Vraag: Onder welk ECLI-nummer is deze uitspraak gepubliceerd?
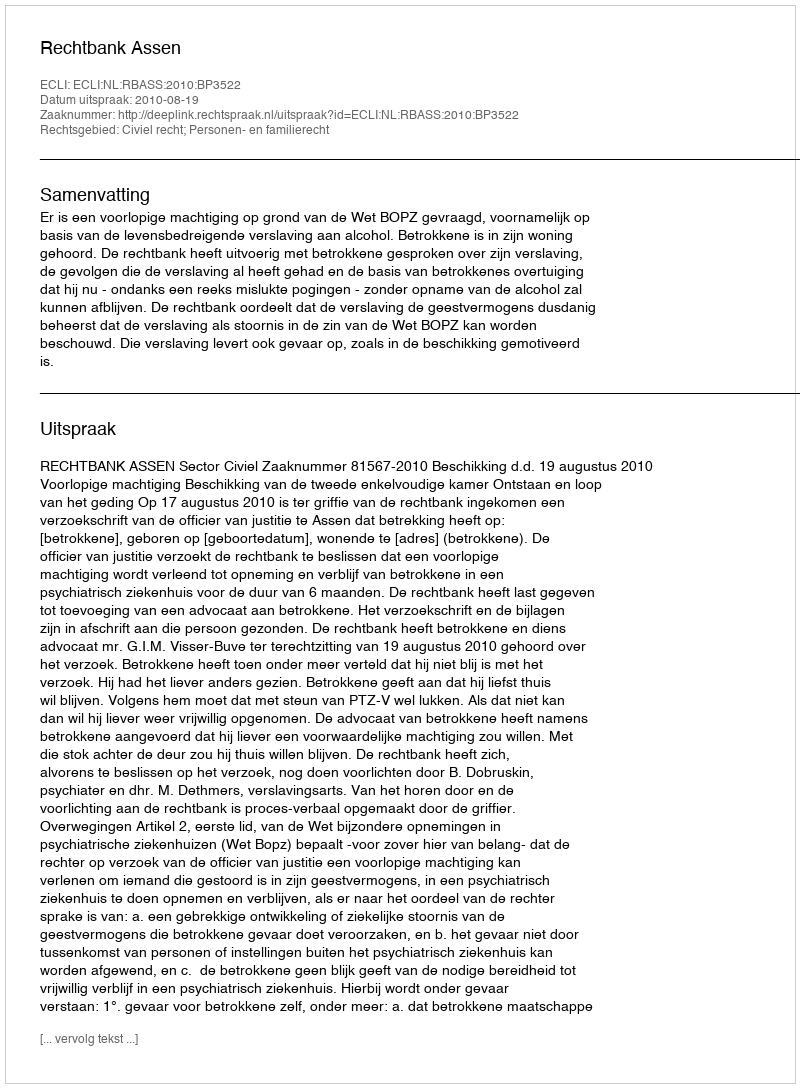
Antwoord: ECLI:NL:RBASS:2010:BP3522